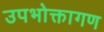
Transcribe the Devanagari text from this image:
उपभोक्तागण